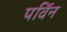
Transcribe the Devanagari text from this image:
पर्विन